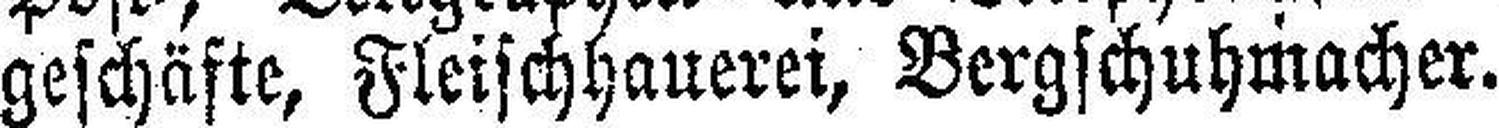
geschäfte, Fleischhauerei, Bergschuhmacher.